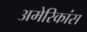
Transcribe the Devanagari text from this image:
अमेरिकांस